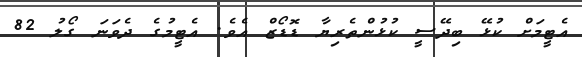
އެޓީމަށް ކުޅޭ ބިދޭސީ ކުޅުންތެރިޔާ ޑޮޑޯޒް އެވެ. އެޓީމުގެ ދެވަނަ ގޯލު 82